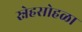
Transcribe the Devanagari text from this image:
स्नेहसोहळा